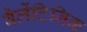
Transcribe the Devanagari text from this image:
वैलेंटिनिक